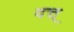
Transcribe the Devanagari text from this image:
दत्त्